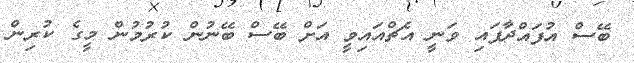
ބޭސް އުފައްދާފައި ވަނީ އެޗްއައިވީ އަށް ބޭސް ބޭނުން ކުރުމުން މީގެ ކުރިން